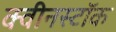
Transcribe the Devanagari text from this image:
क्वीनस्टॉक